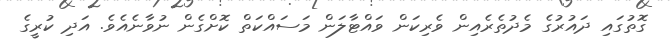
ގޮތުގައި ދައުރުގެ މެދުތެރެއިން ވެރިކަން ވައްޓާލަން މަސައްކަތް ކޮށްގެން ނުވާނެއެވެ. އަދި ކުރީގެ